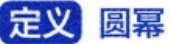
定义 圆幂